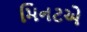
મિનટએ